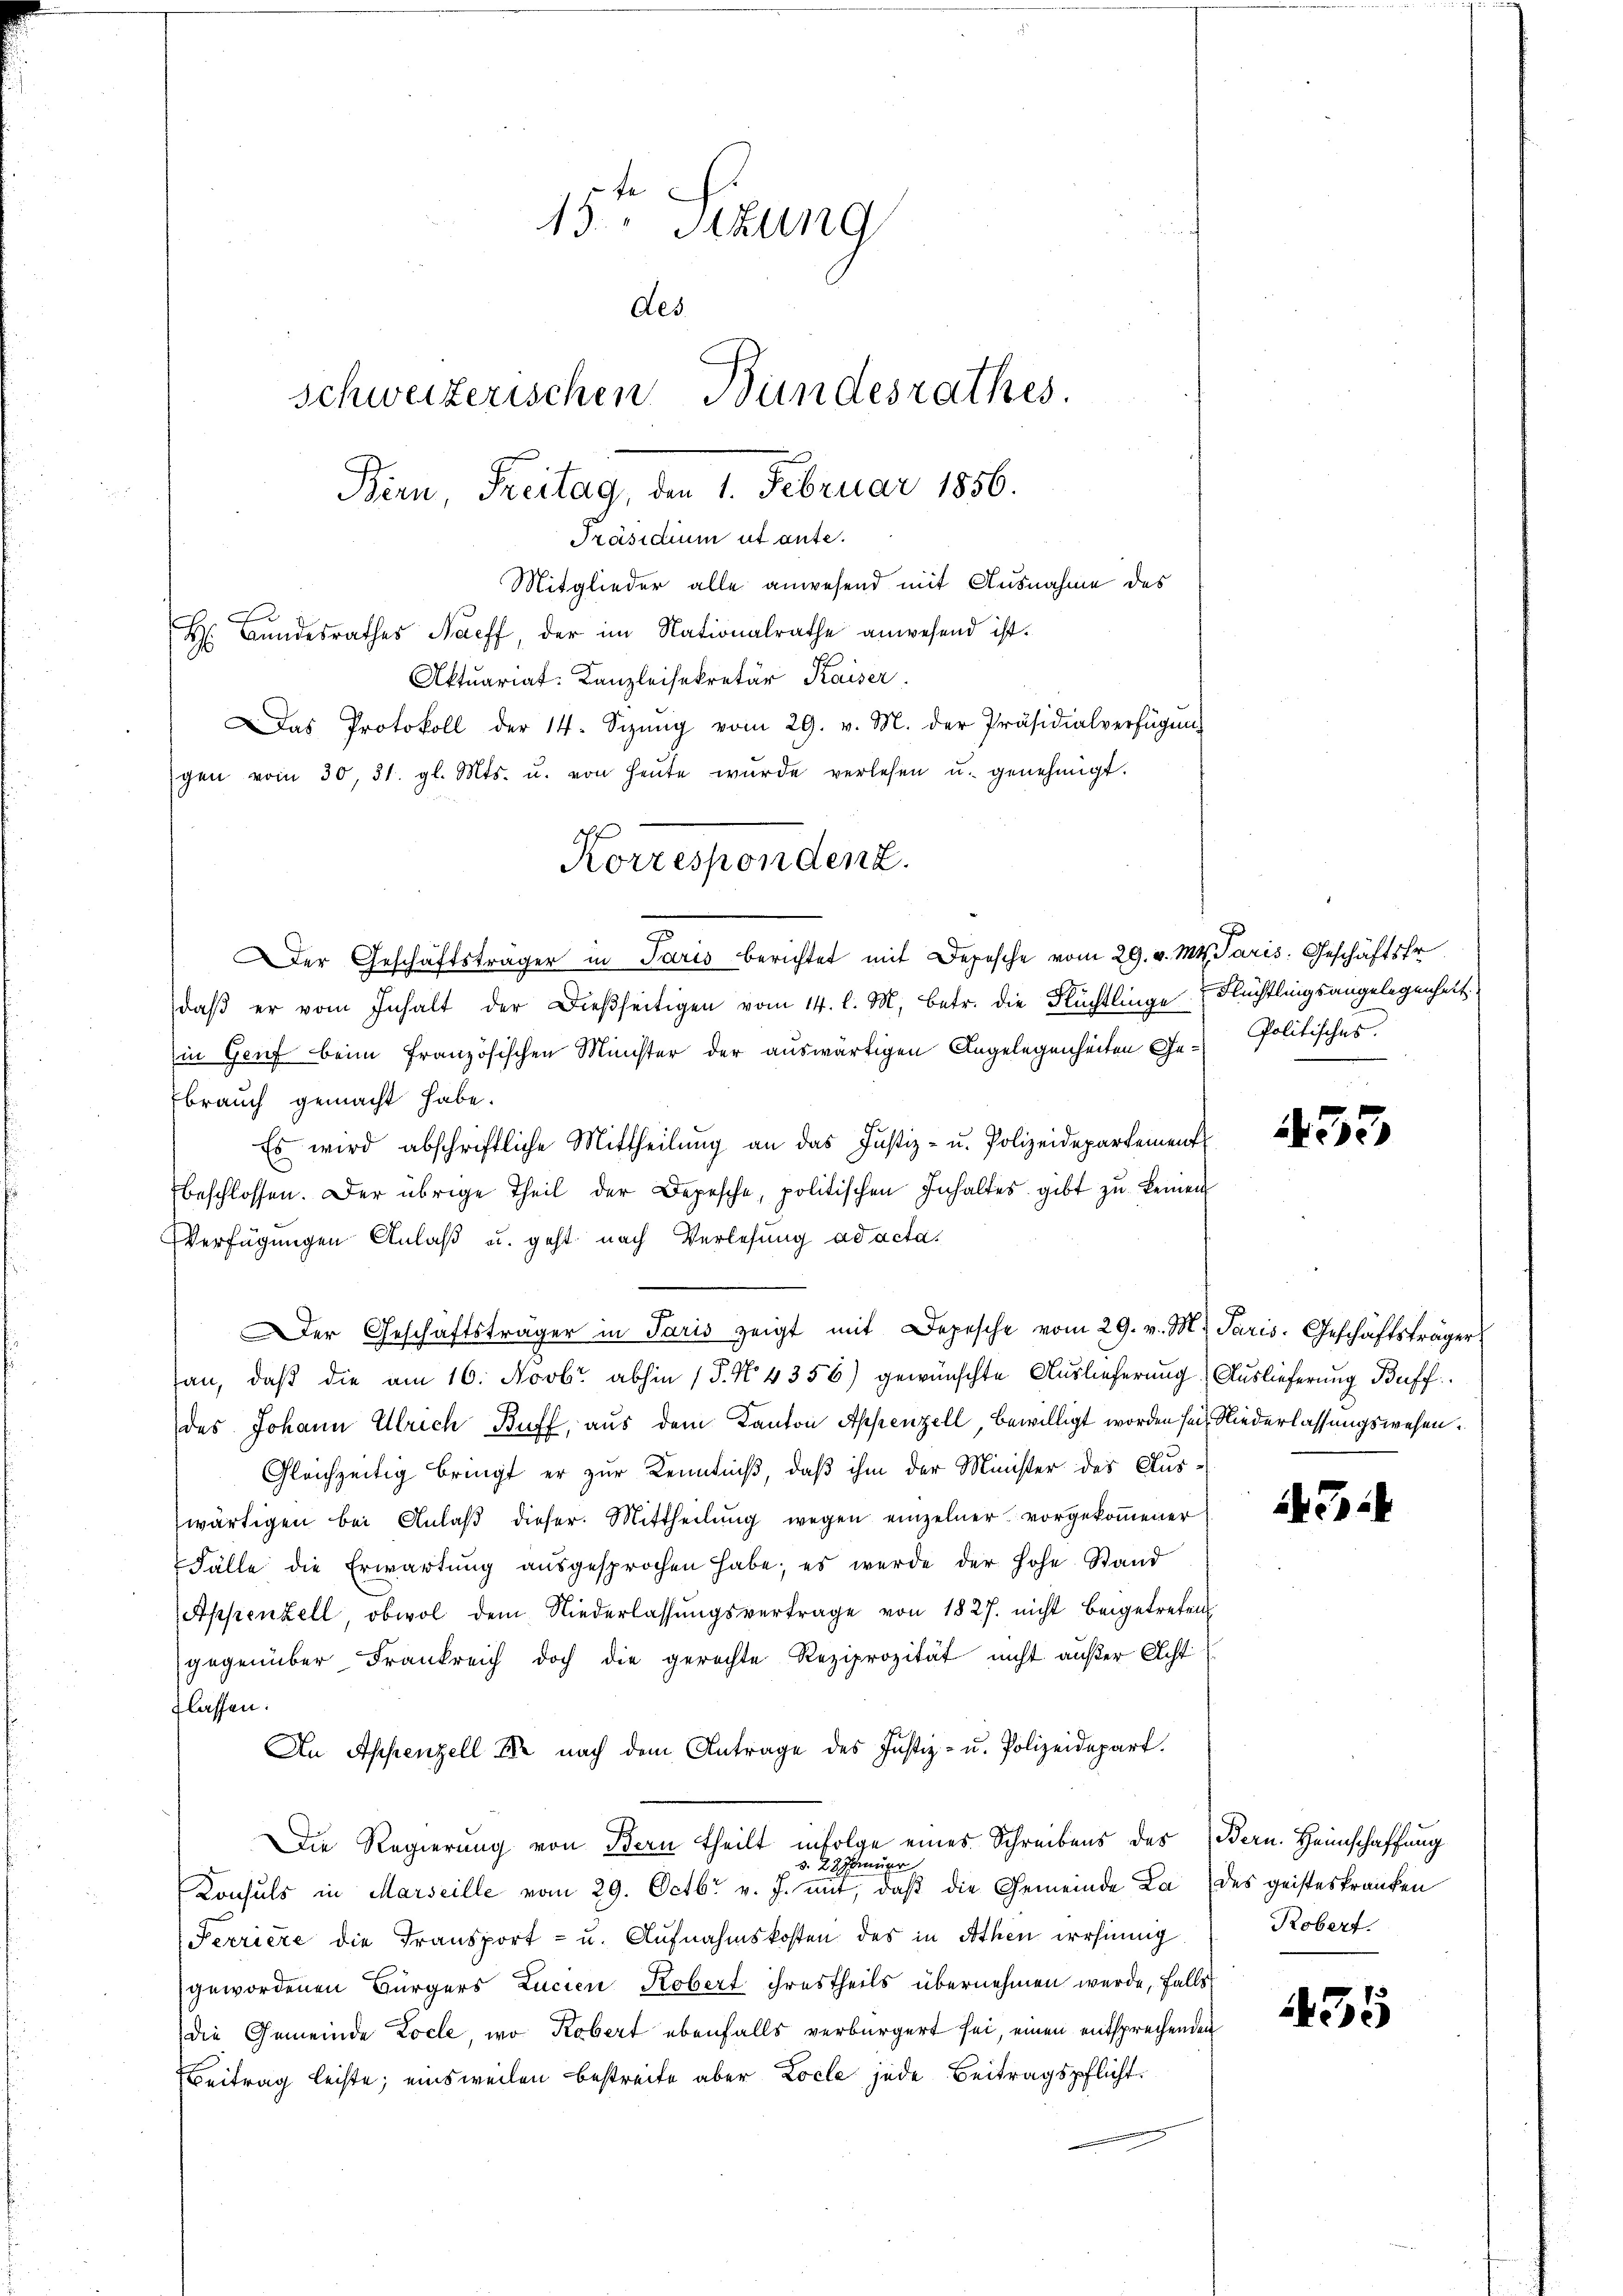
15. Sitzung
des.
schweizerischen Bundesrathes.
Bern Freitag, den 1. Februar 1856.
Präsidium ut aute.
Mitglieder alle anwesend mit Ausnahme des
H. Bŭndesrathes Naeff, der im Nationalrathe anwesend ist.
Aktuariat. Kanzleisekretär Kaiser.
Das Protokoll der 14. Sizŭng vom 29. v. M. der Präsidialverfügŭng
gen vom 30. 31. gl. Mts. u. von heŭte wurde verlesen u. genehmigt.

Korrespondenz.
er Geschäftsträger in Paris berichtet mit Depesche vom 29. v. Mts. Paris. Geschäftsfr

Der Geschäftsträger in Paris zeigt mit Depesche vom 29. v. M. Paris. Geschäftsträger

daβ er vom Inhalt der dießseitigen vom 14. l. M. betr. die Flüchtlinge Flüchtlingsangelegenheit
in Genf beim französischen Minister der auswärtigen Angelegenheiten Gebrauch gemacht habe.
Es wird abschriftliche Mittheilung an das Justiz- u. Polizeidepartement
beschlossen. Der übrige Theil der Depesche, politischen Inhaltes gibt zŭ keinen
Verfügungen Anlaß u. geht nach Verlesung ad acta.
an, daß die am 16. Novbr. abhin (§. N. 4356) gewünschte Auslieferung Auslieferung Baff
des Johann Ulrich Buff, aus dem Kanton Appenzell, bewilligt worden sei, Niederlassungswesen.
Gleichzeitig bringt er zur Kenntniß, daß ihm der Minister des Aus-
wärtigen bei Anlaβ dieser Mittheilŭng wegen einzelner vorgekoṁener
Fälle die Erwartŭng aŭsgesprochen habe; es werde der hohe Stand
Appenzell, obwol dem Niederlassŭngsvertrage von 1827. nicht beigetreten
gegenüber Frankreich doch die gerechte Reziprozität nicht außer Acht
lassen.
An Appenzell de nach dem Antrage des Justiz- u. Polizeidepart.
Die Regierung von Bern theilt infolge eines Schreibens des (Bern. Heimschaffung
bneigen.
§. 28.
Konsuls in Marseille vom 29. Octbr v. J. mit, daß die Gemeinde La des geisteskranken
Ferriere die Transport- u. Aufnahmskosten des in Athen irrsinnig
gewordenen Bürgers Lucien Kobert ihrestheils übernehmen werde, falls
Die Gemeinde Locle, wo Kobert ebenfalls verbürgert sei, einen entsprechenden
Beitrag leiste; einsweilen bestreite aber Locle jede Beitragspflicht.

Politisches.

433

Ti

Robert.

435